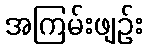
အကြမ်းဖျဉ်း